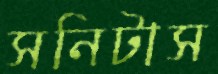
সনিটাস